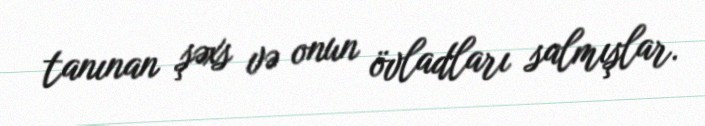
tanınan şəxs və onun övladları salmışlar.